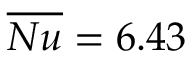
\overline { { N u } } = 6 . 4 3